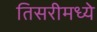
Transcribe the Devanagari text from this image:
तिसरीमध्ये